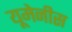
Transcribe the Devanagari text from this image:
यूमेनीस